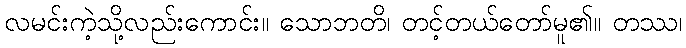
လမင်းကဲ့သို့လည်းကောင်း။ သောဘတိ၊ တင့်တယ်တော်မူ၏။ တဿ၊